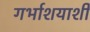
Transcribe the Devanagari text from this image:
गर्भाशयाशी